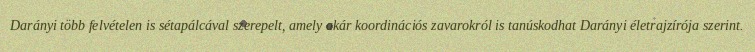
Darányi több felvételen is sétapálcával szerepelt, amely akár koordinációs zavarokról is tanúskodhat Darányi életrajzírója szerint.